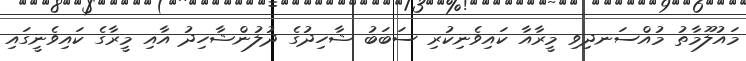
މައުލޫމާތު މުއްސަނދިވި މީރާއާ ކައިވެނިކުރި ސަބަބު ޝާހިދުގެ ދުލުންޝާހިދު އާއި މީރާގެ ކައިވެނީގައި